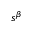
s ^ { \beta }